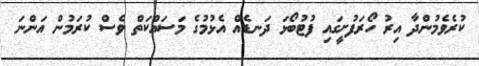
ކުރެވެމުންދާ އިރު ހޯރަފުށީގައި ފުޓުބޯޅަ ދަނޑެއް އެޅުމުގެ މަސައްކަތް ވެސް ކުރަމުން އަންނަ